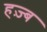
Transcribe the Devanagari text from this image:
हज़्ब